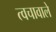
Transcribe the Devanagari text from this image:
त्वचावाले